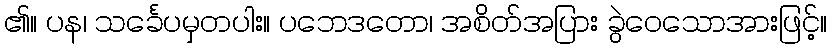
၏။ ပန၊ သင်္ခေပမှတပါး။ ပဘေဒတော၊ အစိတ်အပြား ခွဲဝေသောအားဖြင့်။